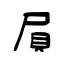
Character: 屓